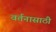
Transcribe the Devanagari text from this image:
वर्तनासाठी